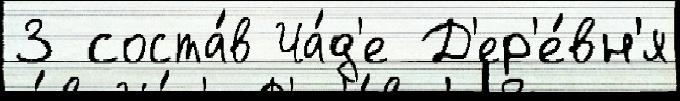
3 соста́в Ча́д'е Д'ер'е́вн'я